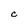
Character: C